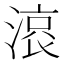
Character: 𣺓